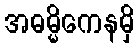
အဓမ္မိကေနမှိ